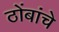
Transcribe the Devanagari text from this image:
ठोंबांचे